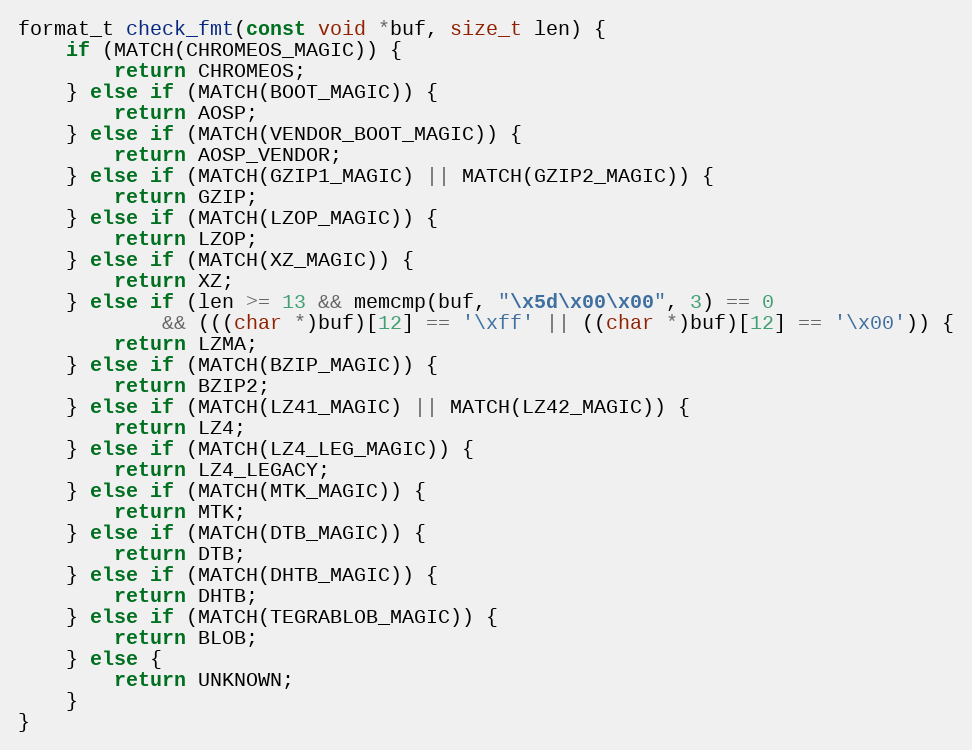
Language: C++
format_t check_fmt(const void *buf, size_t len) {
    if (MATCH(CHROMEOS_MAGIC)) {
        return CHROMEOS;
    } else if (MATCH(BOOT_MAGIC)) {
        return AOSP;
    } else if (MATCH(VENDOR_BOOT_MAGIC)) {
        return AOSP_VENDOR;
    } else if (MATCH(GZIP1_MAGIC) || MATCH(GZIP2_MAGIC)) {
        return GZIP;
    } else if (MATCH(LZOP_MAGIC)) {
        return LZOP;
    } else if (MATCH(XZ_MAGIC)) {
        return XZ;
    } else if (len >= 13 && memcmp(buf, "\x5d\x00\x00", 3) == 0
            && (((char *)buf)[12] == '\xff' || ((char *)buf)[12] == '\x00')) {
        return LZMA;
    } else if (MATCH(BZIP_MAGIC)) {
        return BZIP2;
    } else if (MATCH(LZ41_MAGIC) || MATCH(LZ42_MAGIC)) {
        return LZ4;
    } else if (MATCH(LZ4_LEG_MAGIC)) {
        return LZ4_LEGACY;
    } else if (MATCH(MTK_MAGIC)) {
        return MTK;
    } else if (MATCH(DTB_MAGIC)) {
        return DTB;
    } else if (MATCH(DHTB_MAGIC)) {
        return DHTB;
    } else if (MATCH(TEGRABLOB_MAGIC)) {
        return BLOB;
    } else {
        return UNKNOWN;
    }
}